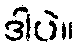
ဒါပဲ။